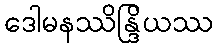
ဒေါမနဿိန္ဒြိယဿ